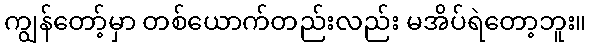
ကျွန်တော့်မှာ တစ်ယောက်တည်းလည်း မအိပ်ရဲတော့ဘူး။